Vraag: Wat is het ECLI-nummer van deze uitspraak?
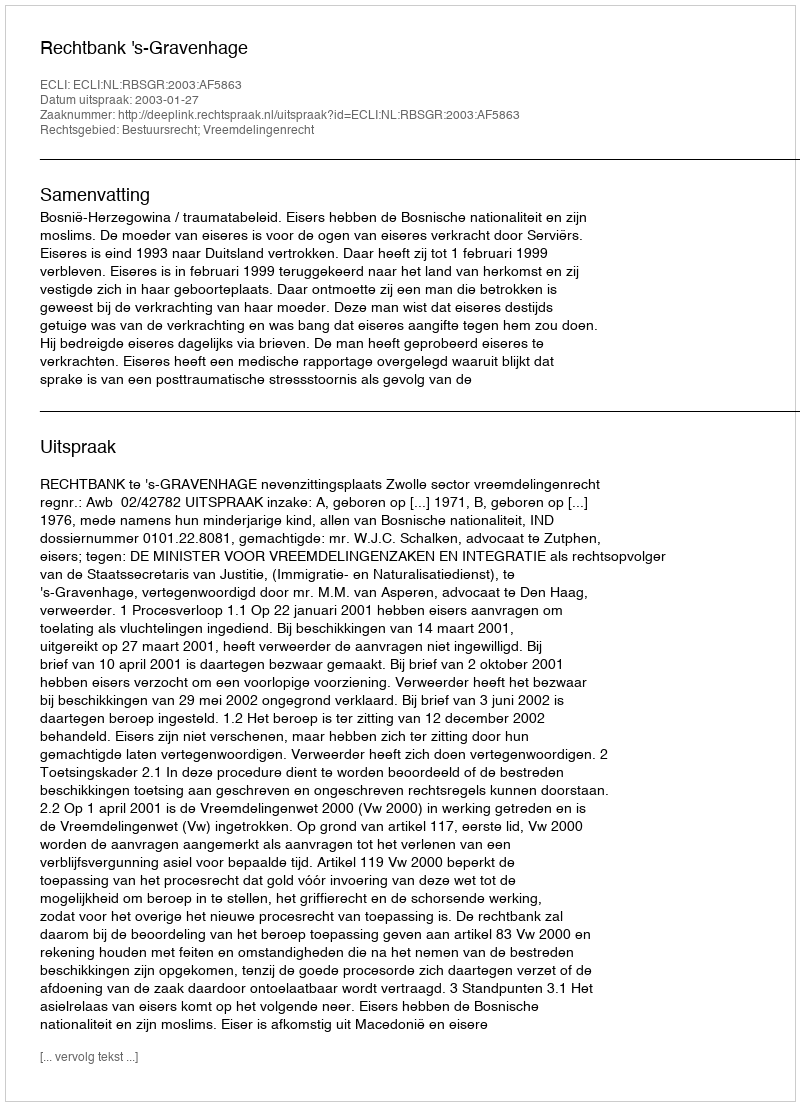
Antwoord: ECLI:NL:RBSGR:2003:AF5863